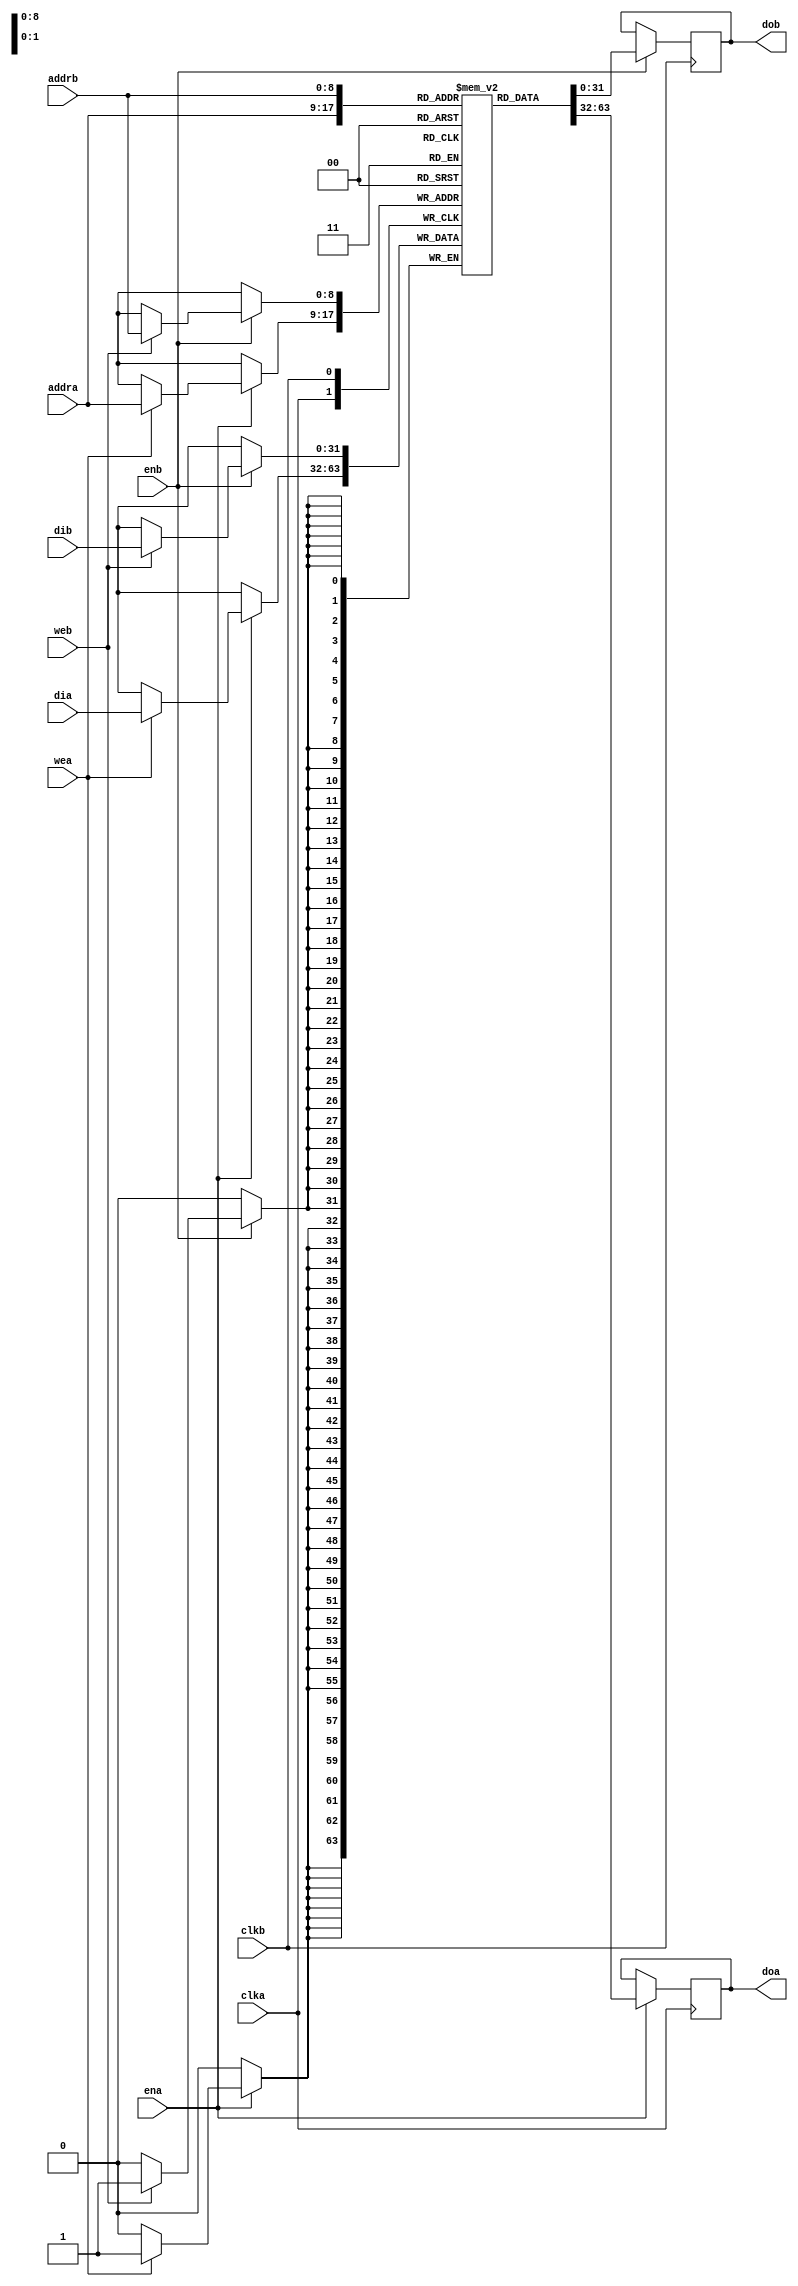
//
// Copyright 2011 Ettus Research LLC
//
// This program is free software: you can redistribute it and/or modify
// it under the terms of the GNU General Public License as published by
// the Free Software Foundation, either version 3 of the License, or
// (at your option) any later version.
//
// This program is distributed in the hope that it will be useful,
// but WITHOUT ANY WARRANTY; without even the implied warranty of
// MERCHANTABILITY or FITNESS FOR A PARTICULAR PURPOSE.  See the
// GNU General Public License for more details.
//
// You should have received a copy of the GNU General Public License
// along with this program.  If not, see <http://www.gnu.org/licenses/>.
//



module ram_2port
  #(parameter DWIDTH=32,
    parameter AWIDTH=9)
    (input clka,
     input ena,
     input wea,
     input [AWIDTH-1:0] addra,
     input [DWIDTH-1:0] dia,
     output reg [DWIDTH-1:0] doa,
     
     input clkb,
     input enb,
     input web,
     input [AWIDTH-1:0] addrb,
     input [DWIDTH-1:0] dib,
     output reg [DWIDTH-1:0] dob);
   
   reg [DWIDTH-1:0] ram [(1<<AWIDTH)-1:0];
   integer 	    i;
   initial
     for(i=0;i<(1<<AWIDTH);i=i+1)
       ram[i] <= {DWIDTH{1'b0}};
   
   always @(posedge clka) begin
      if (ena)
        begin
           if (wea)
             ram[addra] <= dia;
           doa <= ram[addra];
        end
   end
   always @(posedge clkb) begin
      if (enb)
        begin
           if (web)
             ram[addrb] <= dib;
           dob <= ram[addrb];
        end
   end
endmodule // ram_2port